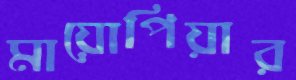
মায়োপিয়ার